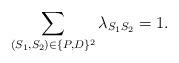
LaTeX: \begin{align*} \sum_{(S_1,S_2) \in \{P,D\}^2}\lambda_{S_1S_2} = 1. \end{align*}